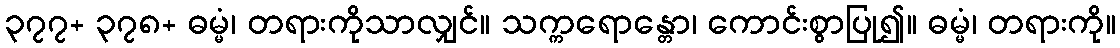
၃၇၇+ ၃၇၈+ ဓမ္မံ၊ တရားကိုသာလျှင်။ သက္ကရောန္တော၊ ကောင်းစွာပြု၍။ ဓမ္မံ၊ တရားကို။